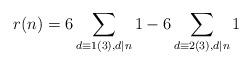
LaTeX: \begin{align*}r(n)=6\sum_{d\equiv1(3),d|n}1-6\sum_{d\equiv2(3),d|n}1\end{align*}